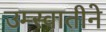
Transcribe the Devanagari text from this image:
उम्स्वातीने